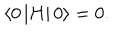
LaTeX: \left\langle 0 \left| H \right| 0 \right\rangle = 0 .